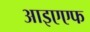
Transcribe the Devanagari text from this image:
आइएएफ